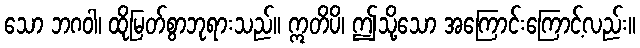
သော ဘဂဝါ၊ ထိုမြတ်စွာဘုရားသည်။ ဣတိပိ၊ ဤသို့သော အကြောင်းကြောင့်လည်း။